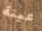
عينة